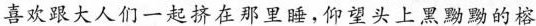
喜欢跟大人们一起挤在那里睡，仰望头上黑黝黝的榕